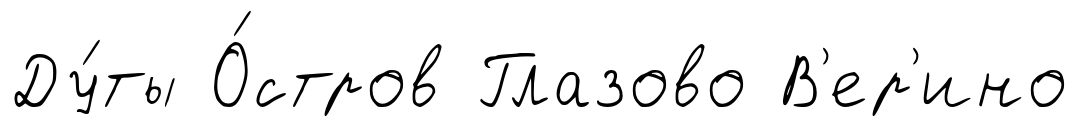
Ду́ты О́стров Глазово В'ер'ино